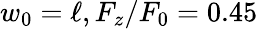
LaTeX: w_{0}=\ell,F_{z}/F_{0}=0.45